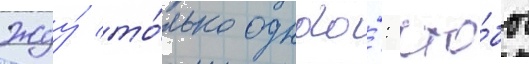
Жду́ то́лько одного́: что́бы